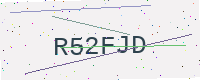
Text: R52FJD